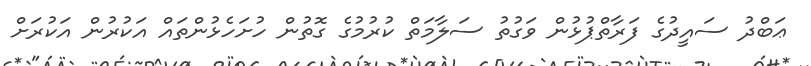
ޢަބްދު ސައީދުގެ ފަރާތްޕުޅުން ވަގުތު ސަލާމަތް ކުރުމުގެ ގޮތުން ހުށަހެޅުންތައް އަކުރުން އަކުރަށް